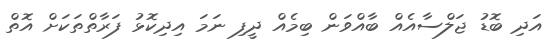
އަދި ބޮޑު ޖަލްސާއެއް ބާއްވަން ބިމެއް ދީފި ނަމަ އިދިކޮޅު ފަރާތްތަކަށް އޮތް